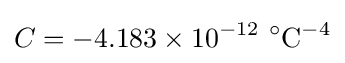
C=-4.183\times 10^{-12}~^{\circ }{\text{C}}^{-4}